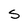
Character: S